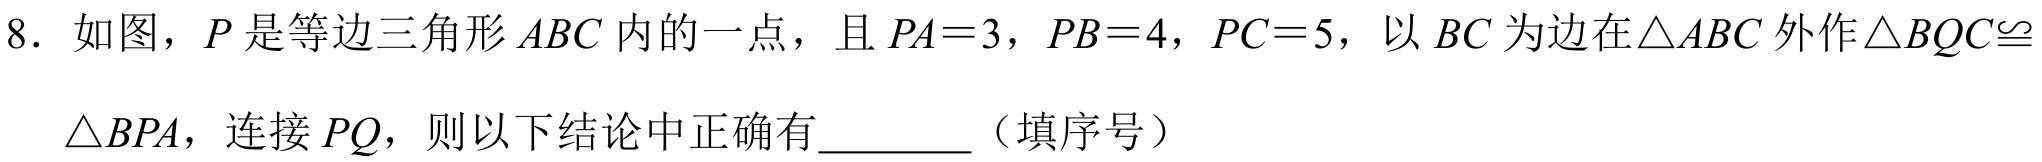
8. 如图，\(P\) 是等边三角形 \(ABC\) 内的一点，且 \(PA = 3\)，\(PB = 4\)，\(PC = 5\)，以 \(BC\) 为边在\(\triangle ABC\) 外作\(\triangle BQC\cong\)
\(\triangle BPA\)，连接 \(PQ\)，则以下结论中正确有________（填序号）